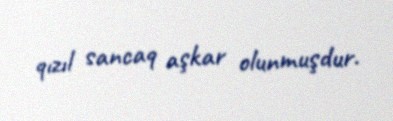
qızıl sancaq aşkar olunmuşdur.